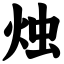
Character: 烛